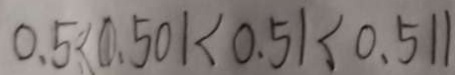
0 . 5 < 0 . 5 0 1 < 0 . 5 1 < 0 . 5 1 1